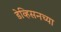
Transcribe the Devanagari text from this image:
डेव्हिसनच्या